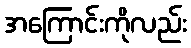
အကြောင်းကိုလည်း